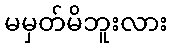
မမှတ်မိဘူးလား